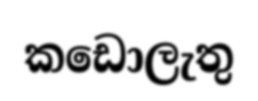
කඩොලැතු